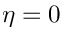
\eta = 0